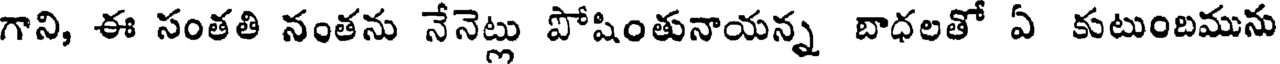
గాని, ఈ సంతతి నంతను నేనెట్లు పోషింతునాయన్న బాధలతో ఏ కుటుందిమును